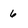
Character: 6